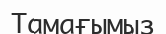
Тамағымыз